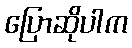
ပြောဆိုပါက